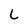
Character: L